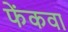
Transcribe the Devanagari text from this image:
फेंकवा